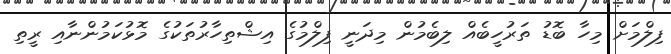
ފިލްމަށް މިހާ ބޮޑު ތަރުހީބެއް ލިބެމުން މިދަނީ ފިލްމުގެ އިޝްތިހާރުތަކުގެ މޮޅުކަމުންނާއި ރީތި